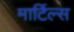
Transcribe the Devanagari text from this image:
मार्टिल्स